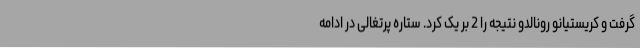
گرفت و کریستیانو رونالدو نتیجه را 2 بر یک کرد. ستاره پرتغالی در ادامه